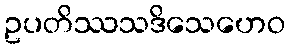
ဥပတိဿသဒိသေဟေဝ